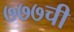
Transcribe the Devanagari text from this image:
७७७ची